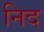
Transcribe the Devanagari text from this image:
निद